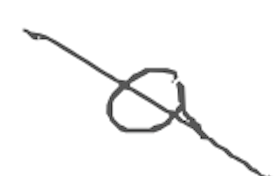
Text: a
Cross-out: diagonal
Writing tool: digital_gray